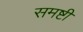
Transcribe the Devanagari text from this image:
समष्टी